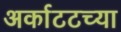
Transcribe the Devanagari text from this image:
अर्काटटच्या